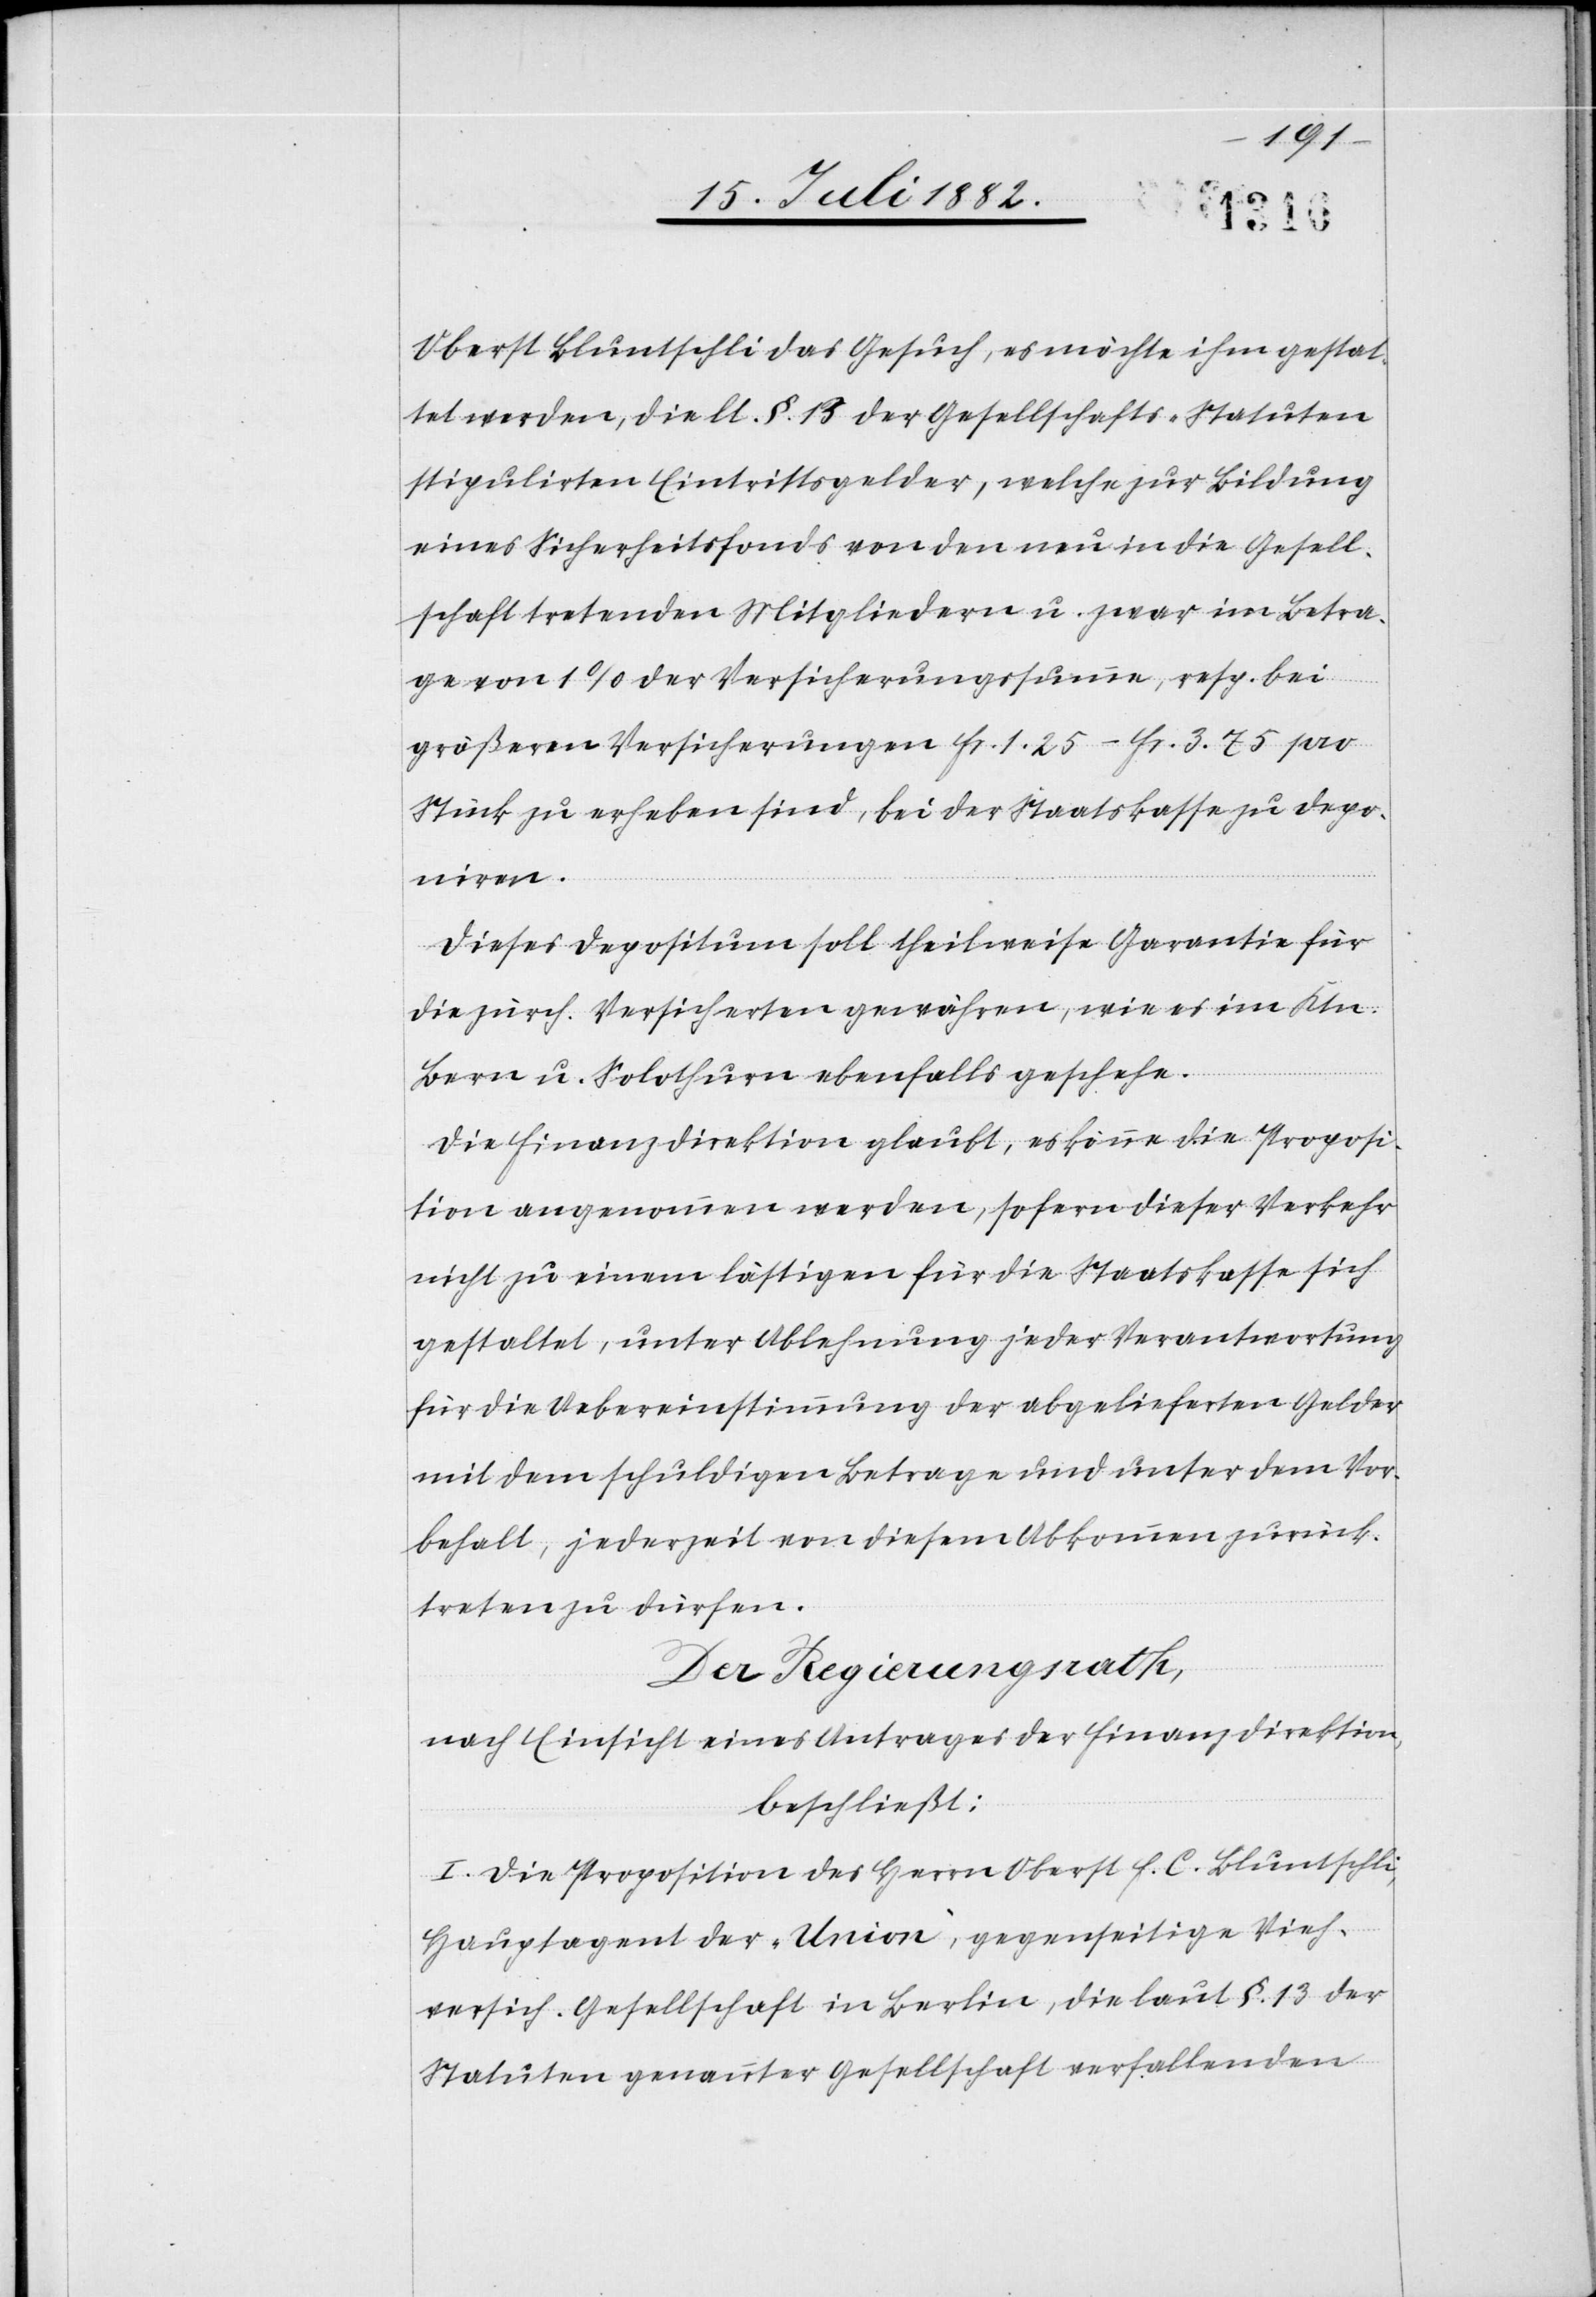
Oberst Bluntschli das Gesuch, es möchte ihm gestat¬
tet werden, die lt. §. 13 der Gesellschafts-Statuten
stipulirten Eintrittsgelder, welche zur Bildung
eines Sicherheitsfonds von den neu in die Gesell¬
schaft tretenden Mitgliedern u. zwar im Betra¬
ge von 1% der Versicherungssumme, resp. bei
größeren Versicherungen Fr. 1.25–Fr. 3.75 pro
Stück zu erheben sind, bei der Staatskasse zu depo¬
niren.
Dieses Depositum soll theilweise Garantie für
die zürch. Versicherten gewähren, wie es im Ktn.
Bern u. Solothurn ebenfalls geschehe.
Die Finanzdirektion glaubt, es könne die Proposi¬
tion angenommen werden, sofern dieser Verkehr
nicht zu einem lästigen für die Staatskasse sich
gestaltet, unter Ablehnung jeder Verantwortung
für die Uebereinstimmung der abgelieferten Gelder
mit dem schuldigen Betrage und unter dem Vor¬
behalt, jederzeit von diesem Abkommen zurück¬
treten zu dürfen.
Der Regierungsrath,
nach Einsicht eines Antrages der Finanzdirektion,
beschließt:
I. Die Proposition des Herrn Oberst F. C. Bluntschli,
Hauptagent der „Union“, gegenseitige Vieh¬
versich. Gesellschaft in Berlin, die laut §. 13 der
Statuten genannter Gesellschaft verfallenden